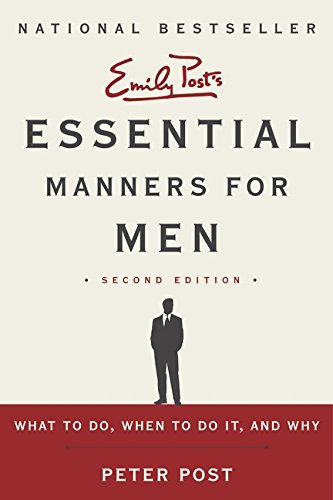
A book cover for Essential Manners for Men 2nd Edition: What to Do, When to Do It, and Why; Peter Post; Reference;